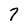
Character: 7